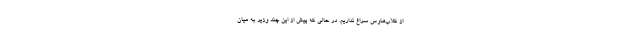
از كلاب‌هاوس سراغ نداريم. در حالي كه پيش از اين چند وزير به ميان